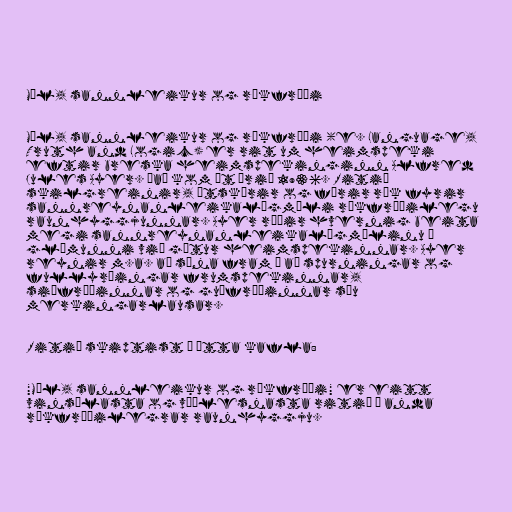
Mál, sannleikur og rökfræði

Mál, sannleikur og rökfræði (e. Language,
Truth and Logic) er rit um heimspeki
eftir breska heimspekinginn Alfred
Jules Ayer. Það kom út árið 1936. Ritið
skilgreinir, útskýrir og færir rök fyrir
sannreynanleikalögmáli rökfræðilegu
raunhyggjunnar. Ayer ræðir hvernig beita
megi sannreynanleikalögmálinu í
glímunni við gátur heimspekinnar. Ayer
reynir m.a. að sýna fram á að spurningar og
fullyrðingar frumspekinnar,
siðfræðinnar og guðfræðinnar séu
merkingarlausar.

Ritið skiptist í átta kafla:

"Mál, sannleikur og rökfræði" er eitt
vinsælasta og víðlesnasta ritið í anda
rökfræðilegrar raunhyggju.